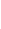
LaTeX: \! \! \! \! \! \! \! \! \! \! \! \Gamma\! \! \! \! \! \! \! \! \! \! \! \! =\! \! \! \! \! \! \! \! \! \! \! \! \{ A\! \! \! \! \! \! \! \! \! \! \! \! (\! \! \! \! \! \! \! \! \! \! \! \! \mathbf{x}\! \! \! \! \! \! \! \! \! \! \! \! )\! \! \! \! \! \! \! \! \! \! \! \! :\! \! \! \! \! \! \! \! \! \! \! \! ,x\! \! \! \! \! \! \! \! \! \! \! \! \in\! \! \! \! \! \! \! \! \! \! \! \! \gamma\! \! \! \! \! \! \! \! \! \! \! \! \} \! \! \! \! \! \! \! \! \! \! \!